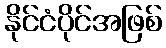
နိုင်ငံပိုင်အဖြစ်